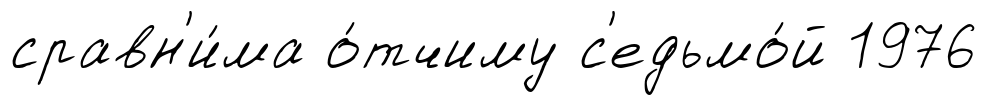
сравн'и́ма о́тчиму с'едьмо́й 1976